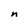
Character: n